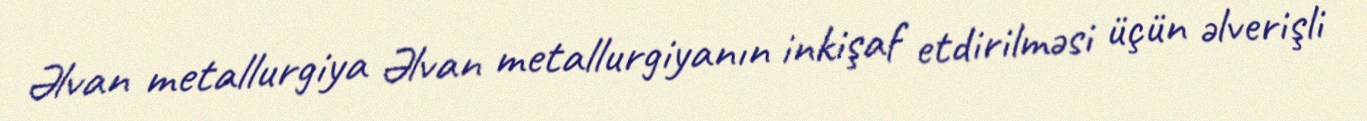
Əlvan metallurgiya Əlvan metallurgiyanın inkişaf etdirilməsi üçün əlverişli